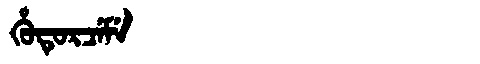
Manchu: ᡥᡠᡨᡠᡵᠴᡝᠮᡝ
Romanization: HUTURCEME